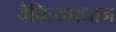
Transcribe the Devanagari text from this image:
वैचित्र्यप्रधान